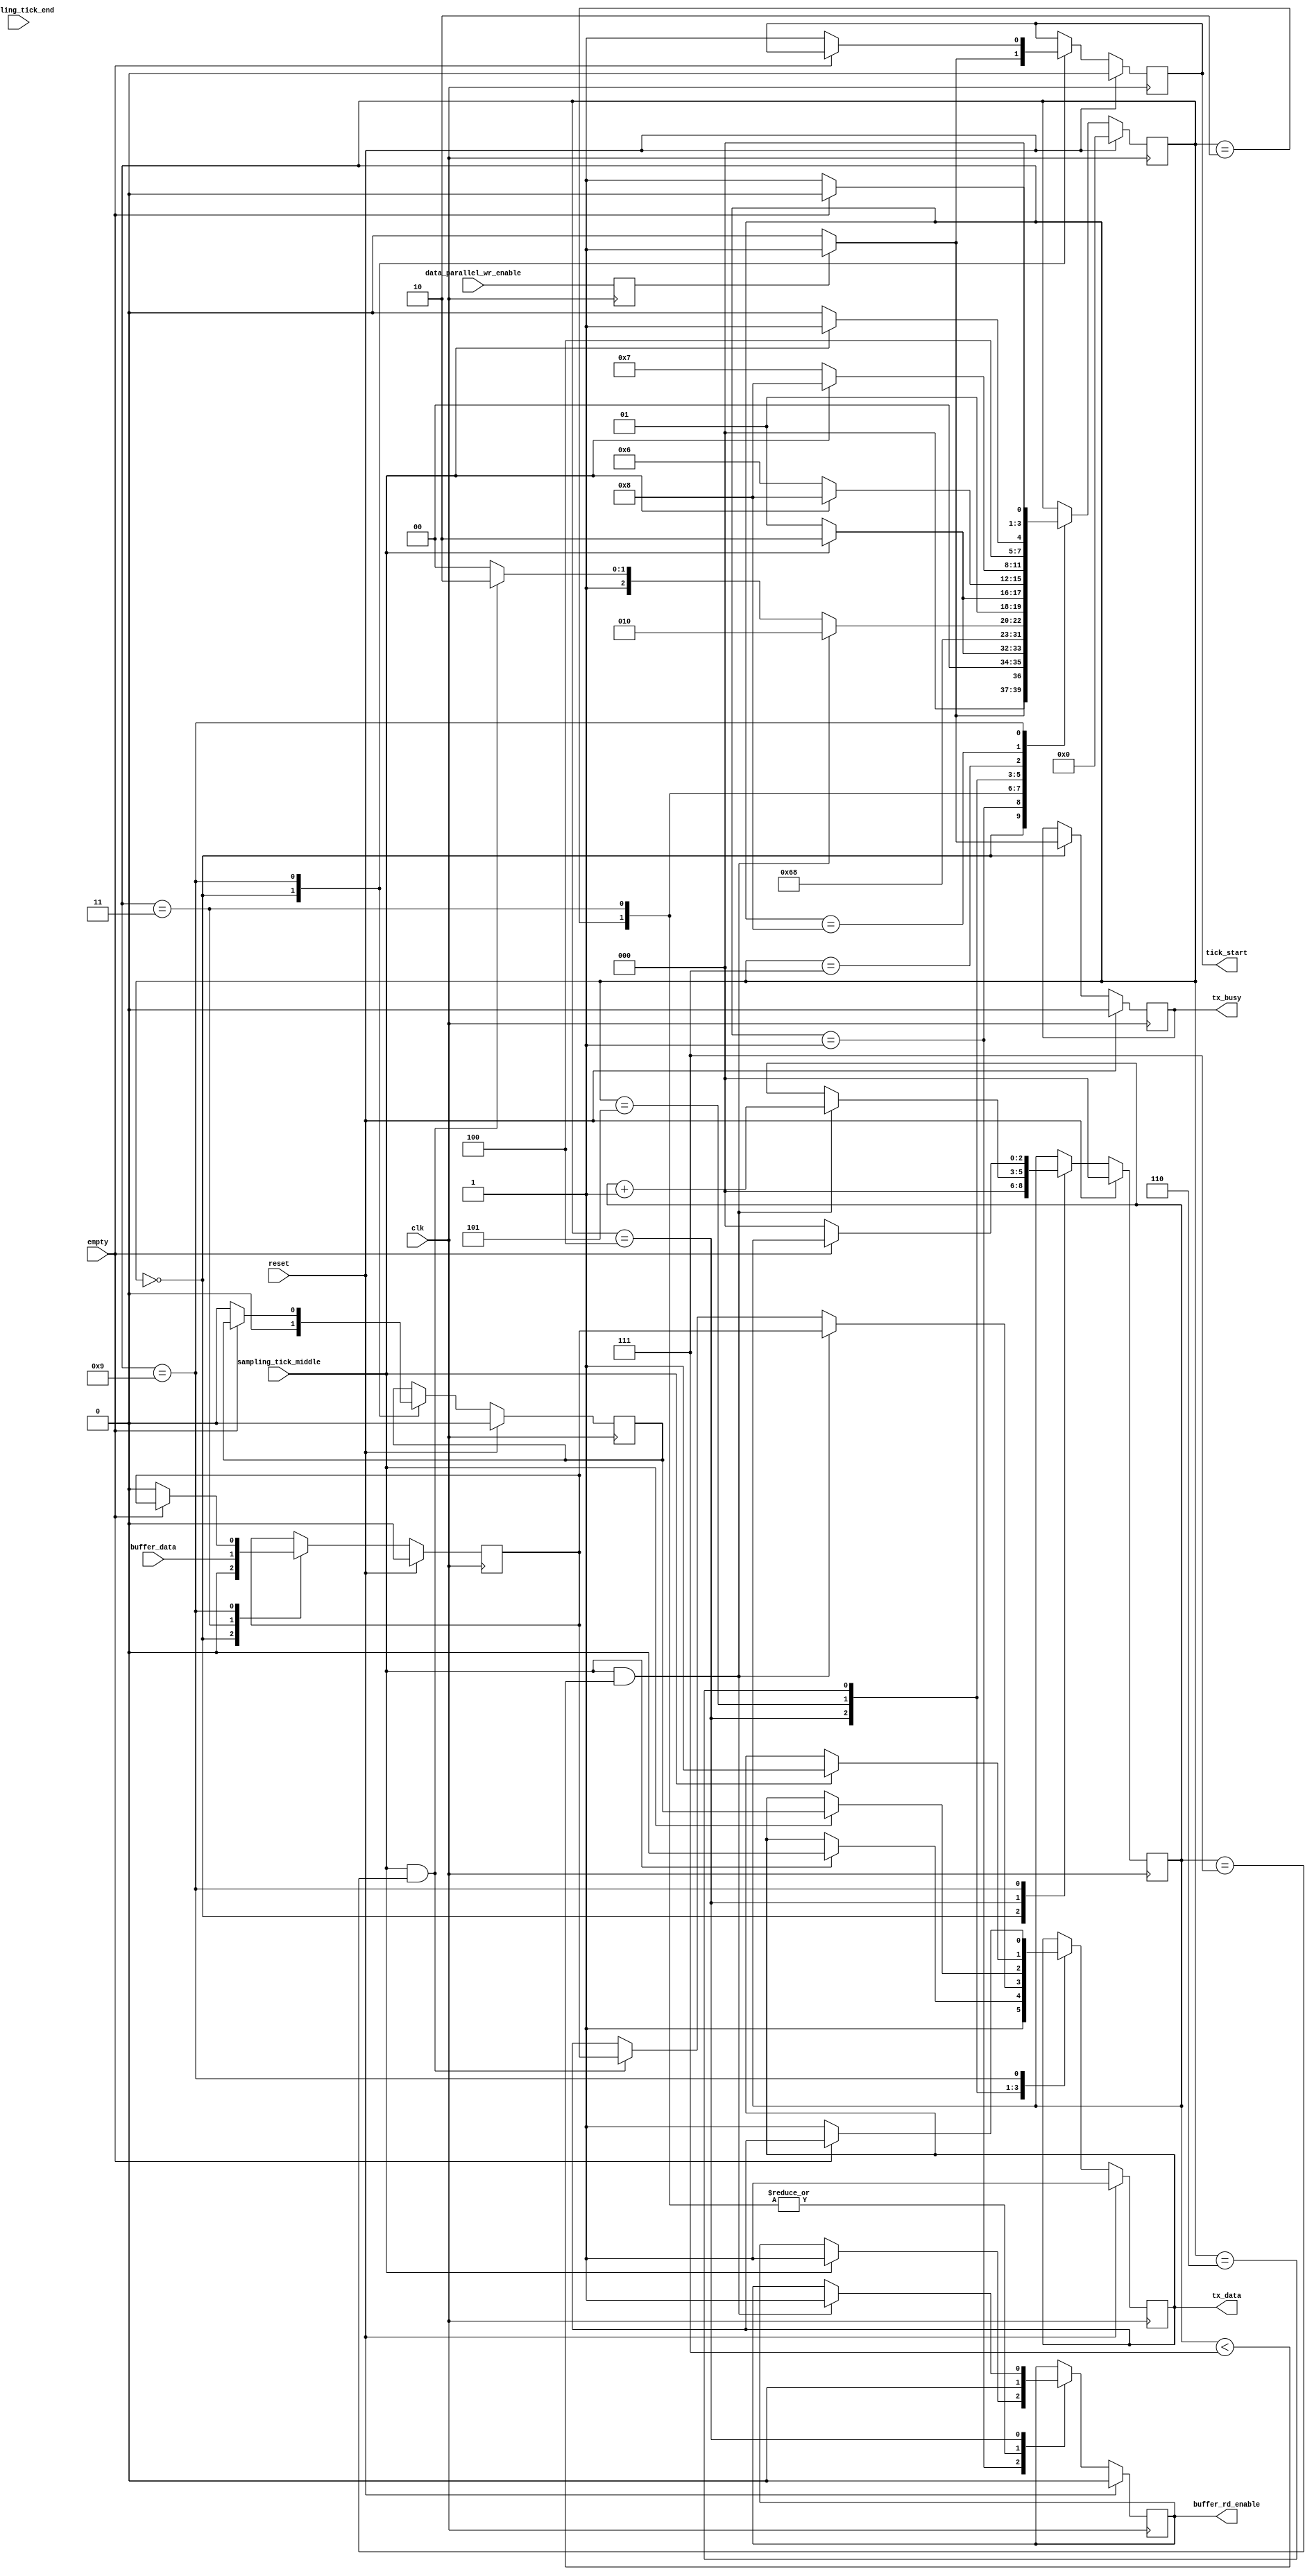
`timescale 1ns / 1ps
module tx_fsm#
(	
		parameter  NO_OF_DATA_BITS =8, 		 //6,7,8
		parameter  PARITY_ENABLED  ="FALSE",  //"FALSE", "TRUE"
		parameter  PARITY_TYPE     ="EVEN",   // "ODD", "EVEN"
		parameter  NO_OF_STOP_BITS	="1"		 //"0" "1" "1.5" "2"
)
(
	 input 		clk,
    input 		reset,
	 
    input      empty,
	 input  		sampling_tick_middle,
    input  		sampling_tick_end,
	 output reg tick_start,
	 
	 input      data_parallel_wr_enable,
	 output reg tx_busy,
	 output reg tx_data,
	 output reg buffer_rd_enable,
	 input      buffer_data
    
);


   reg tem_buffer_data;
	reg delay_data_parallel_wr_enable;
	always@(posedge clk) begin
		delay_data_parallel_wr_enable<=data_parallel_wr_enable;
	end
	
	localparam IDLE 					= 4'b0000;
   localparam START_BIT 			= 4'b0001;
   localparam _GET_DATA_PRE0		= 4'b0010;
   localparam _GET_DATA_PRE1		= 4'b0011;
   localparam DATA_BITS 			= 4'b0100;
   localparam PARITY	   			= 4'b0101;
   localparam STOP_BITS 			= 4'b0110;
   localparam STOP_BITSx 			= 4'b0111;
   localparam DONE      			= 4'b1000;
   localparam CHECK_BUFFER_EMPTY = 4'b1001;
	
	reg[2:0]   data_bit_counter; 
	reg        parity;
	reg [3:0]  state;
	
   always@(posedge clk) begin	
      if (reset) begin
			tx_data<=1'b1;
			parity<=1'b0;
			buffer_rd_enable<=1'b0;
			tick_start<=1'b0;
			tem_buffer_data<=1'b0;
			data_bit_counter<=3'b000;
			tx_busy<=1'b0;
			state <= IDLE;
		end
		else begin
			case(state)
				IDLE:begin					
					if(delay_data_parallel_wr_enable)begin
						tick_start<=1'b1;
						state <=START_BIT;
						tx_busy<=1'b1;
					end
					else begin
						tick_start<=1'b0;
						tx_busy<=1'b0;
						state <=IDLE;
					end
					tx_data<=1'b1;
					parity<=1'b0;
					tem_buffer_data<=1'b0;
					data_bit_counter<=3'b000;					
				end
				START_BIT:begin
						if(sampling_tick_middle)begin
							tx_data<=1'b0;
							state<=_GET_DATA_PRE0;
							buffer_rd_enable<=1'b1;
						end
						else begin
							state<=START_BIT;
						end
					end
				_GET_DATA_PRE0:begin
						buffer_rd_enable<=1'b0;
						//tem_buffer_data <=buffer_data;
						state<=_GET_DATA_PRE1;
					end
				_GET_DATA_PRE1:begin
						buffer_rd_enable<=1'b0;
						tem_buffer_data <=buffer_data;
						state<=DATA_BITS;
						if(PARITY_ENABLED=="TRUE")
							parity<=parity^buffer_data;
					end
				DATA_BITS:begin
						if(sampling_tick_middle && data_bit_counter<(NO_OF_DATA_BITS-1) )begin
							tx_data<=tem_buffer_data;
							state<=_GET_DATA_PRE0;
							buffer_rd_enable<=1'b1;
							data_bit_counter<=data_bit_counter+3'b001;
						end
						else if (sampling_tick_middle && data_bit_counter==(NO_OF_DATA_BITS-1))begin
							tx_data<=tem_buffer_data;
							//buffer_rd_enable<=1'b1;	
							if(PARITY_ENABLED=="TRUE")begin
								state <= PARITY;
								//parity<=parity^buffer_data;
							end
							else if(NO_OF_STOP_BITS=="0")
								state <=DONE;//
							else
								state <= STOP_BITS;
							end
						else begin
							state<=DATA_BITS;
						end
					end
				PARITY   :begin
						if (sampling_tick_middle)begin
								tx_data<=(PARITY_TYPE!="ODD")?parity:~parity;//parity;
								if(NO_OF_STOP_BITS=="0")
									state <=DONE;//
								else
									state  <=STOP_BITS;
						end
						else begin
							state <= PARITY;
						end						
					end
				STOP_BITS: begin
						if (sampling_tick_middle)begin
							tx_data<=1'b1;
							if (NO_OF_STOP_BITS=="1")begin
								state <= DONE;//							
							end
							else if (NO_OF_STOP_BITS=="1.5" || NO_OF_STOP_BITS=="2")
								state <= STOP_BITSx;
						end
						else begin
							state <=STOP_BITS;
						end				
					end
				STOP_BITSx:begin
					if(sampling_tick_middle)begin
						state <= DONE;//
					end
					else begin
						state <=STOP_BITSx;
					end
				end
				DONE:begin
						if(NO_OF_STOP_BITS!="1.5" && sampling_tick_middle)
							state <= CHECK_BUFFER_EMPTY;
						else if(NO_OF_STOP_BITS=="1.5" && sampling_tick_end)
							state <= CHECK_BUFFER_EMPTY;
						else  begin
							state <=DONE;
						end
					end
            CHECK_BUFFER_EMPTY:begin
						if(empty)
							state<=IDLE;
						else begin
							tick_start<=1'b1;
							state <=START_BIT;
							tx_data<=1'b1;
							parity<=1'b0;
							tem_buffer_data<=1'b0;
							data_bit_counter<=3'b000;	
						end
							
					end
			endcase
		end	
	end

	
endmodule